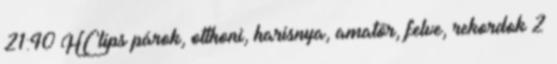
21:40 HClips párok, otthoni, harisnya, amatőr, felve, rekordok 2